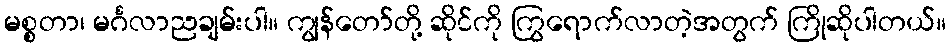
မစ္စတာ၊ မင်္ဂလာညချမ်းပါ။ ကျွန်တော်တို့ ဆိုင်ကို ကြွရောက်လာတဲ့အတွက် ကြိုဆိုပါတယ်။